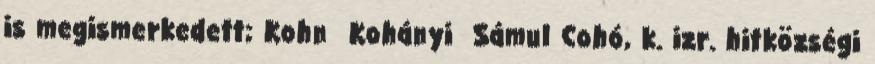
is megismerkedett; Kohn Kohányi Sámul Cohó, k. izr. hitközségi